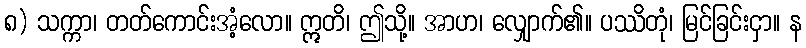
၈) သက္ကာ၊ တတ်ကောင်းအံ့လော။ ဣတိ၊ ဤသို့။ အာဟ၊ လျှောက်၏။ ပဿိတုံ၊ မြင်ခြင်းငှာ။ န